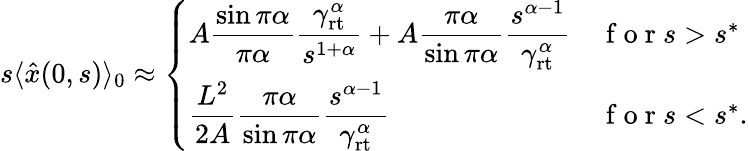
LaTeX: \begin{array}{r}{s\langle\hat{x}(0,s)\rangle_{0}\approx\left\{ \begin{array}{ll}{\displaystyle A\frac{\sin\pi\alpha}{\pi\alpha}\frac{\gamma_{\mathrm{rt}}^{\alpha}}{s^{1+\alpha}}+A\frac{\pi\alpha}{\sin\pi\alpha}\frac{s^{\alpha-1}}{\gamma_{\mathrm{rt}}^{\alpha}}}&{\mathrm{~f~o~r~}s>s^{*}}\\ {\displaystyle\frac{L^{2}}{2A}\frac{\pi\alpha}{\sin\pi\alpha}\frac{s^{\alpha-1}}{\gamma_{\mathrm{rt}}^{\alpha}}}&{\mathrm{~f~o~r~}s<s^{*}.}\end{array}\right.}\end{array}